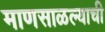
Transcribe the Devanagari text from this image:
माणसाळल्याची